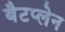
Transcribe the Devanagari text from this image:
बैटप्लेन